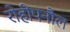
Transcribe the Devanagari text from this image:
रोहीपनौल